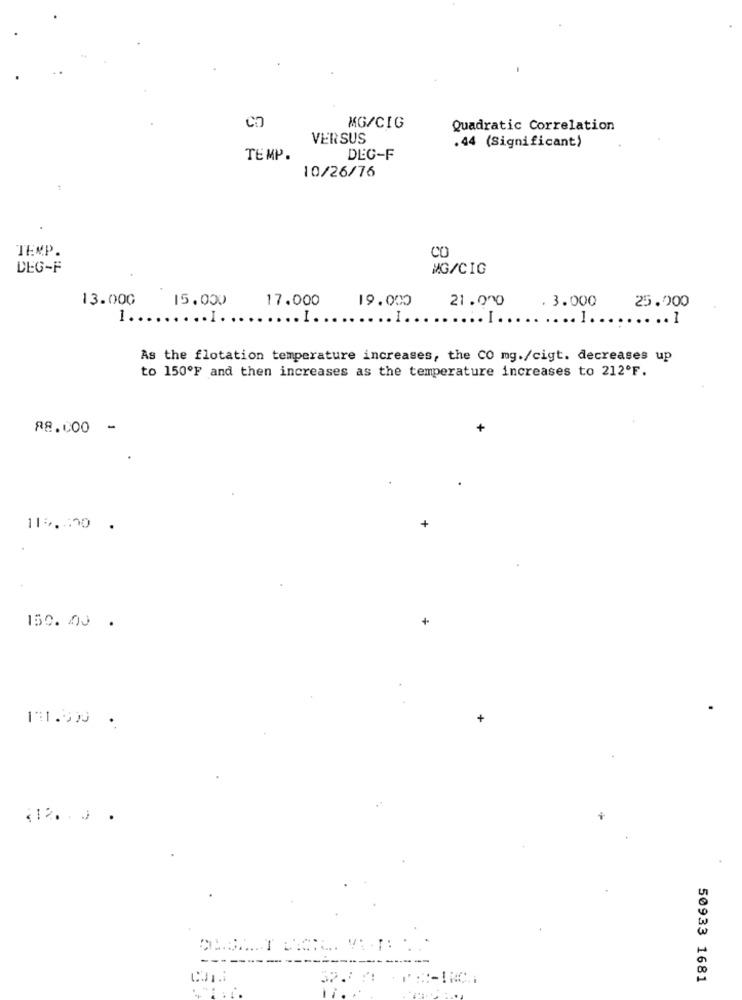
MG/CIG
Quadratic Correlation
VERSUS
.44 (Significant)
TEMP.
DEC-F
10/26/76
TEMP.
CO
DEG-F
MG/CIG
13.000
15.000
17.000
19.000
21.000
. 3.000
25.000
1 ...
... I
.1.
.I.
.... ]
..... 1
As the flotation temperature increases, the CO mg./cigt. decreases up
to 150ºF and then increases as the temperature increases to 212ºF.
88.000 -
+
115.100 .
+
150. 00 .
131.59 .
+
-
--
50933 1681